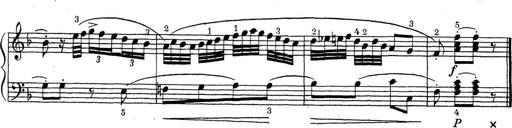
Title: ÄŒeskÃ© Sonatiny
Composer: Various